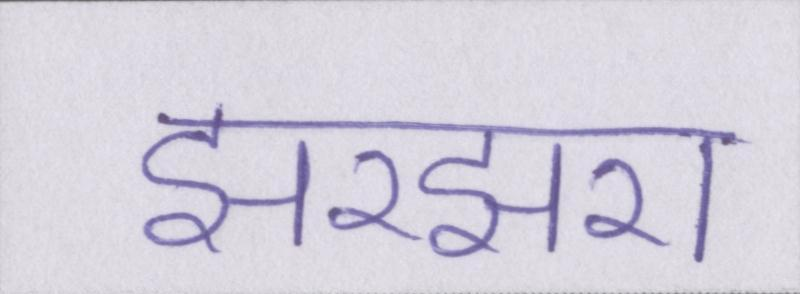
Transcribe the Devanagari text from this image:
झरझरा